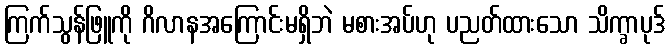
ကြက်သွန်ဖြူကို ဂိလာနအကြောင်းမရှိဘဲ မစားအပ်ဟု ပညတ်ထားသော သိက္ခာပုဒ်